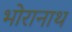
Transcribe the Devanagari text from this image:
भोरानाथ